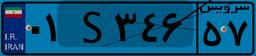
۰۱S۳۴۶۵۷